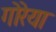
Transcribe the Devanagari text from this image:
गोरेया